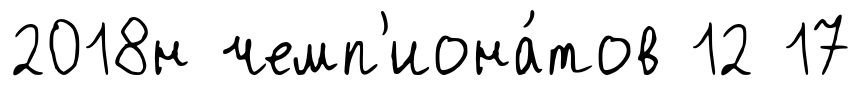
2018н чемп'иона́тов 12 17